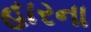
હારના